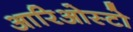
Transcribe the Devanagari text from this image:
आरिओस्टो